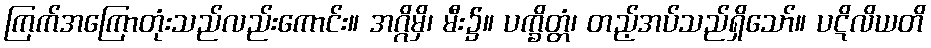
ကြက်အကြောတုံးသည်လည်းကောင်း။ အဂ္ဂိမှိ၊ မီး၌။ ပက္ခိတ္တံ၊ တည့်အပ်သည်ရှိသော်။ ပဋိလိယတိ